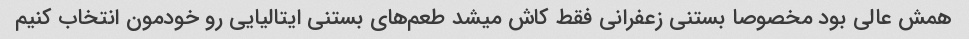
همش عالی بود مخصوصا بستنی زعفرانی فقط کاش میشد طعم‌های بستنی ایتالیایی رو خودمون انتخاب کنیم